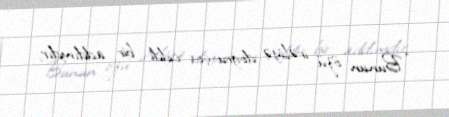
“Bunun özü irəliyə doğru çox ciddi bir addımdır.